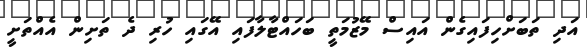
އަދި ތަބަށްހިފައިގެން އައިސް މޭޒުމަތީ ބަހައްޓާލާފައި އޭގައި ހުރި ދެ ތަށިން އެއްތަށީ